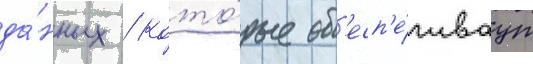
да́нных / кото́рые об'есп'е́чиваут